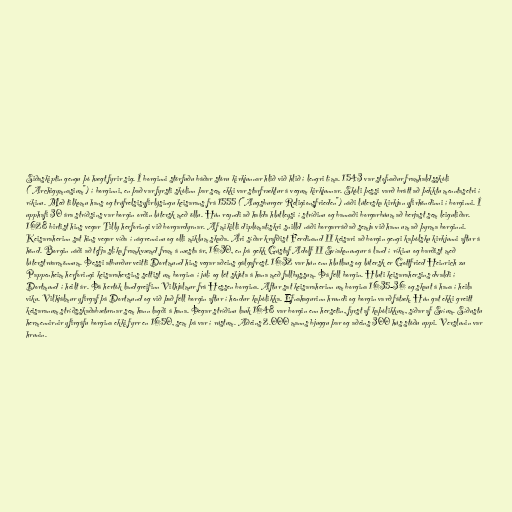
Siðaskiptin gengu þó hægt fyrir sig. Í borginni störfuðu báðar stóru kirkjunnar hlið við hlið í lengri tíma. 1543 var stofnaður framhaldsskóli
("Archigymnasium") í borginni, en það var fyrsti skólinn þar sem ekki var starfræktur á vegum kirkjunnar. Skóli þessi varð brátt að þekktu menntasetri í
ríkinu. Með tilkomu hans og trúfrelsisyfirlýsingu keisarans frá 1555 ("Augsburger Religionsfrieden") náði lúterska kirkjan yfirhöndinni í borginni. Í
upphafi 30 ára stríðsins var borgin orðin lútersk með öllu. Hún reyndi að halda hlutleysi í stríðinu og bannaði borgarbúum að berjast sem leiguliðar.
1628 birtist hins vegar Tilly herforingi við borgardyrnar. Af mikilli diplómatískri snilld náði borgarráð að semja við hann um að þyrma borginni.
Keisaraherinn sat hins vegar víða í nágrenninu og olli miklum skaða. Ári síðar krafðist Ferdinand II keisari að borgin gengi kaþólsku kirkjunni aftur á
hönd. Borgin náði að tefja slíka framkvæmd fram á næsta ár, 1630, en þá gekk Gústaf Adolf II Svíakonungur á land í ríkinu og barðist með
lúterstrúarmönnum. Þessi atburður veitti Dortmund hins vegar aðeins gálgafrest. 1632 var hún enn hlutlaus og lútersk er Gottfried Heinrich zu
Pappenheim herforingi keisarahersins settist um borgina í júlí og lét skjóta á hana með fallbyssum. Þá féll borgin. Hluti keisarahersins dvaldi í
Dortmund í heilt ár. Þá hertók landgreifinn Vilhjálmur frá Hessen borgina. Aftur sat keisaraherinn um borgina 1635-36 og skaut á hana í heila
viku. Vilhjálmur yfirgaf þá Dortmund og við það féll borgin aftur í hendur kaþólikka. Efnahagurinn hrundi og borgin varð fátæk. Hún gat ekki greitt
keisaranum stríðsskaðabæturnar sem hann lagði á hana. Þegar stríðinu lauk 1648 var borgin enn hersetin, fyrst af kaþólikkum, síðar af Svíum. Síðustu
hermennirnir yfirgáfu borgina ekki fyrr en 1650, sem þá var í rústum. Aðeins 2.000 manns bjuggu þar og aðeins 300 hús stóðu uppi. Verslunin var
hrunin.